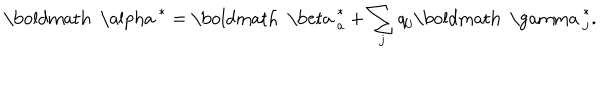
{ \mathrm { \boldmath ~ \ a l p h a ~ } } ^ { * } = { \mathrm { \boldmath ~ \ b e t a ~ } } _ { a } ^ { * } + \sum _ { j } q _ { j } { \mathrm { \boldmath ~ \ g a m m a ~ } } _ { j } ^ { * } .